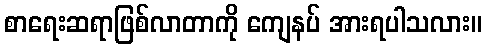
စာရေးဆရာဖြစ်လာတာကို ကျေနပ် အားရပါသလား။